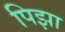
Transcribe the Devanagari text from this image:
पिझा